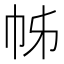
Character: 𢂍